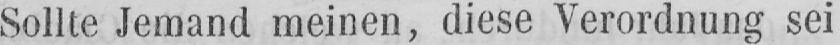
Sollte Jemand meinen, diese Verordnung sei